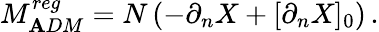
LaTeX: M_{\mathbf{A}DM}^{reg}=N\left(-\partial_{n}X+[\partial_{n}X]_{0}\right)\, .